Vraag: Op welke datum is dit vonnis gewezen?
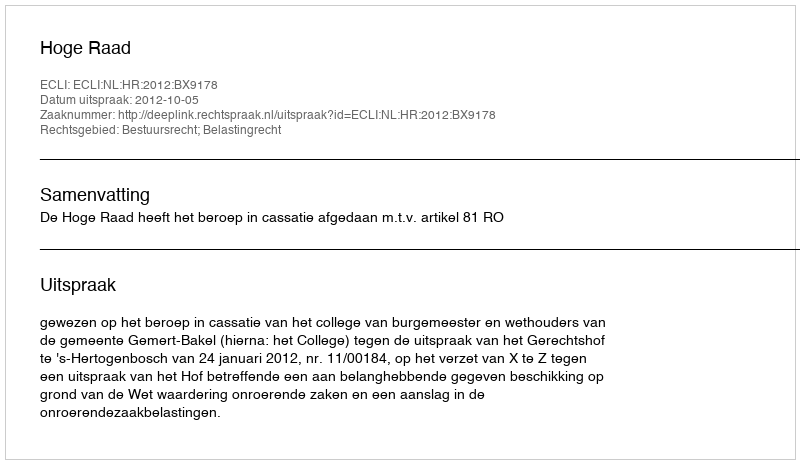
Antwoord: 2012-10-05